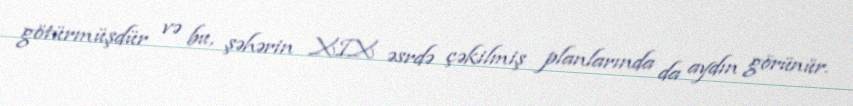
götürmüşdür və bu, şəhərin XIX əsrdə çəkilmiş planlarında da aydın görünür.